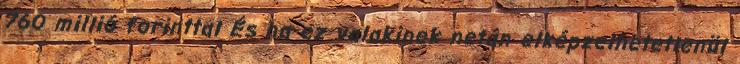
760 millió forinttal És ha ez valakinek netán elképzelhetetlenül